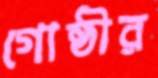
গোষ্ঠীর